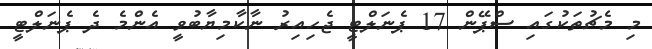
މި މެޗުތަކުގައި ސްޕޭން 17 ޕެނަލްޓީ ޖެހިއިރު ނާކާމިޔާބުވީ އެންމެ ދެ ޕެނަލްޓީ